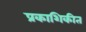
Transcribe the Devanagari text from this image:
प्रकाशिकीत